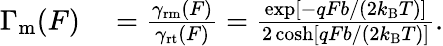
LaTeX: \begin{array}{rl}{\Gamma_{\mathrm{m}}(F)}&{{}=\frac{\gamma_{\mathrm{rm}}(F)}{\gamma_{\mathrm{rt}}(F)}=\frac{\exp\left[-qFb/(2k_{\mathrm{B}}T)\right]}{2\cosh\left[qFb/(2k_{\mathrm{B}}T)\right]}.}\end{array}